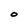
Character: O